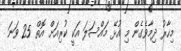
މިހާރު ދިމާވެގެން މި އުޅޭ މައްސަލަ އަކީ ކުރިއަށް އޮތް 25 ވަނަ